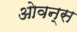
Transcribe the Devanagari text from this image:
ओवन्स